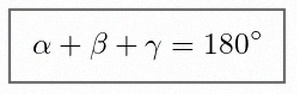
\alpha+\beta+\gamma=180^\circ